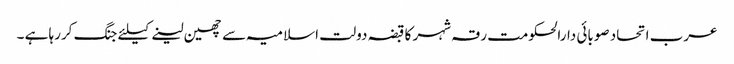
عرب اتحاد صوبائی دارالحکومت رقہ شہر کا قبضہ دولت اسلامیہ سے چھین لینے کیلئے جنگ کررہا ہے ۔